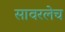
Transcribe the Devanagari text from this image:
सावरलेच